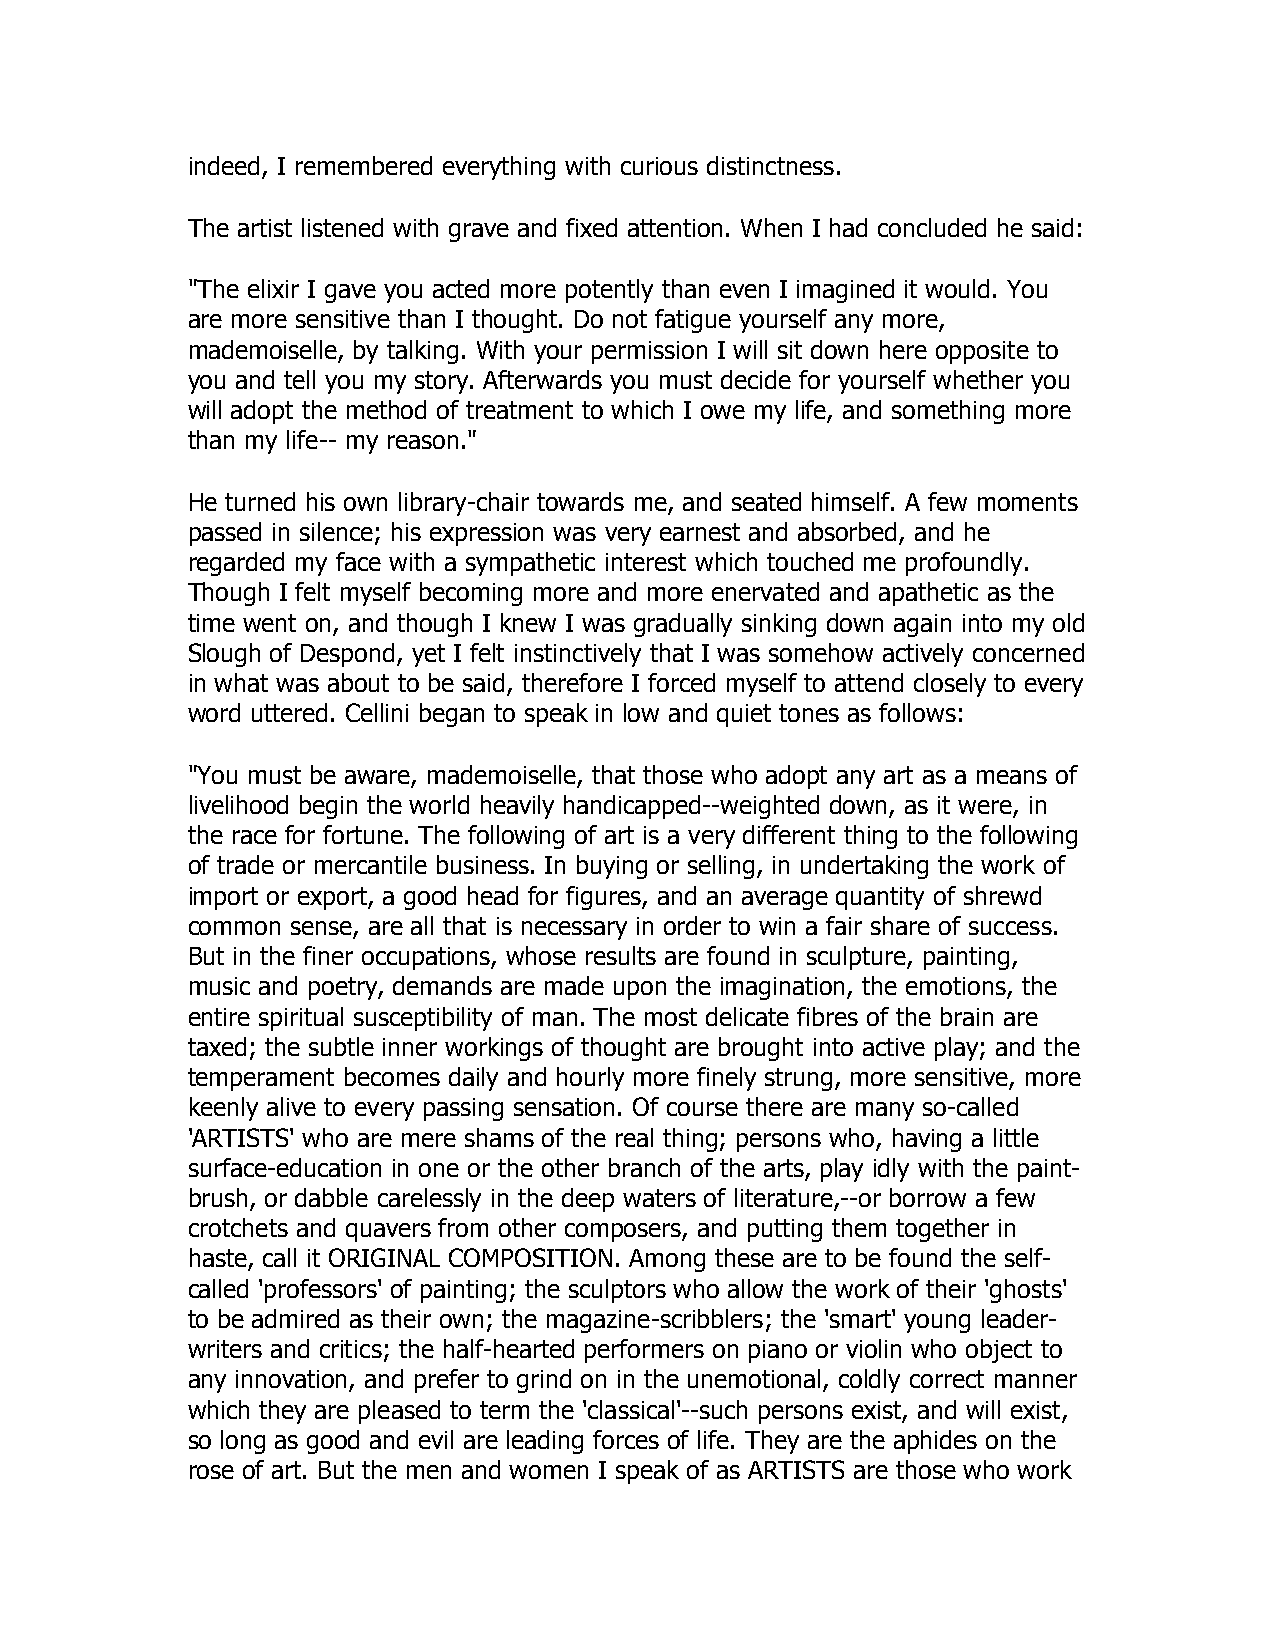
indeed, I remembered everything with curious distinctness.
 The artist listened with grave and fixed attention. When I had concluded he said:
 "The elixir I gave you acted more potently than even I imagined it would. You
 are more sensitive than I thought. Do not fatigue yourself any more,
 mademoiselle, by talking. With your permission I will sit down here opposite to
 you and tell you my story. Afterwards you must decide for yourself whether you
 will adopt the method of treatment to which I owe my life, and something more
 than my life-- my reason."
 He turned his own library-chair towards me, and seated himself. A few moments
 passed in silence; his expression was very earnest and absorbed, and he
 regarded my face with a sympathetic interest which touched me profoundly.
 Though I felt myself becoming more and more enervated and apathetic as the
 time went on, and though I knew I was gradually sinking down again into my old
 Slough of Despond, yet I felt instinctively that I was somehow actively concerned
 in what was about to be said, therefore I forced myself to attend closely to every
 word uttered. Cellini began to speak in low and quiet tones as follows:
 "You must be aware, mademoiselle, that those who adopt any art as a means of
 livelihood begin the world heavily handicapped--weighted down, as it were, in
 the race for fortune. The following of art is a very different thing to the following
 of trade or mercantile business. In buying or selling, in undertaking the work of
 import or export, a good head for figures, and an average quantity of shrewd
 common sense, are all that is necessary in order to win a fair share of success.
 But in the finer occupations, whose results are found in sculpture, painting,
 music and poetry, demands are made upon the imagination, the emotions, the
 entire spiritual susceptibility of man. The most delicate fibres of the brain are
 taxed; the subtle inner workings of thought are brought into active play; and the
 temperament becomes daily and hourly more finely strung, more sensitive, more
 keenly alive to every passing sensation. Of course there are many so-called
 'ARTISTS' who are mere shams of the real thing; persons who, having a little
 surface-education in one or the other branch of the arts, play idly with the paint-
 brush, or dabble carelessly in the deep waters of literature,--or borrow a few
 crotchets and quavers from other composers, and putting them together in
 haste, call it ORIGINAL COMPOSITION. Among these are to be found the self-
 called 'professors' of painting; the sculptors who allow the work of their 'ghosts'
 to be admired as their own; the magazine-scribblers; the 'smart' young leader-
 writers and critics; the half-hearted performers on piano or violin who object to
 any innovation, and prefer to grind on in the unemotional, coldly correct manner
 which they are pleased to term the 'classical'--such persons exist, and will exist,
 so long as good and evil are leading forces of life. They are the aphides on the
 rose of art. But the men and women I speak of as ARTISTS are those who work